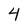
Character: 4